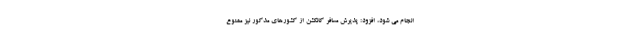
انجام می شود، افزود: پذیرش مسافر کانکشن از کشورهای مذکور نیز ممنوع